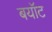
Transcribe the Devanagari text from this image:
बयॉट